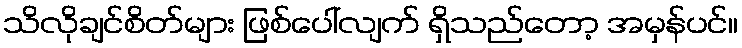
သိလိုချင်စိတ်များ ဖြစ်ပေါ်လျက် ရှိသည်တော့ အမှန်ပင်။